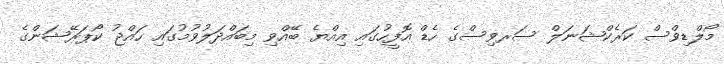
މޯލްޑިވްސް ކަރެކްޝަނަލް ސަރވިސްގެ ހެޑް އޮފީހުގައި އިއްޔެ ބޭއްވި މިބައްދަލުވުމުގައި ހައްޖު ކޯޕަރޭޝަންގެ